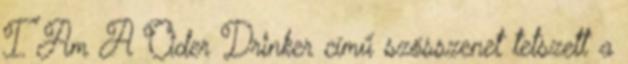
I Am A Cider Drinker című szösszenet tetszett a